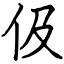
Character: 伋